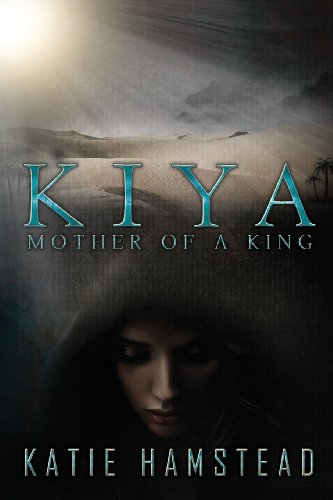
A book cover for Kiya: Mother of a King; Katie Hamstead; Romance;